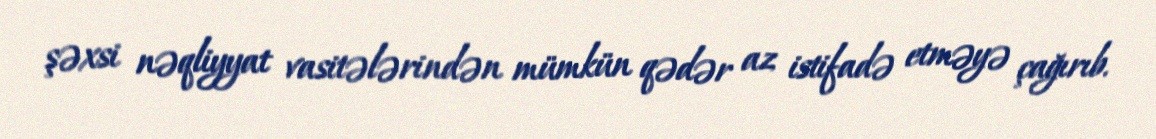
şəxsi nəqliyyat vasitələrindən mümkün qədər az istifadə etməyə çağırıb.